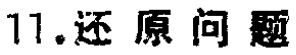
11.还原问题